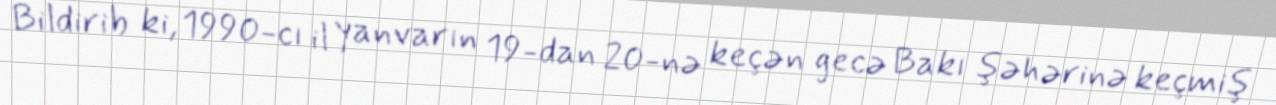
Bildirib ki, 1990-cı il yanvarın 19-dan 20-nə keçən gecə Bakı şəhərinə keçmiş